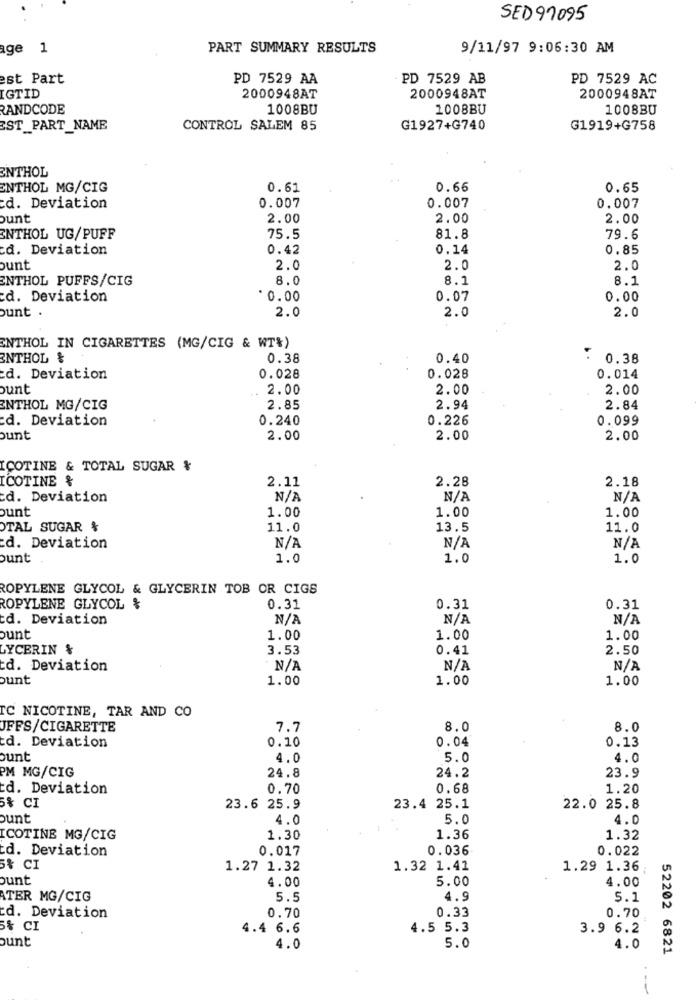
SED91095
age 1
PART SUMMARY RESULTS
9/11/97 9:06:30 AM
est Part
PD 7529 AA
PD 7529 AB
PD 7529 AC
2000948AT
IGTID
2000948AT
2000948AT
RANDCODE
1008BU
1008BU
1008BU
EST_PART_NAME
CONTROL SALEM 85
G1927+G740
G1919+G758
ENTHOL
ENTHOL MG/CIG
0.61
0.66
0.65
0.007
0.007
d. Deviation
0.007
bunt
2.00
2.00
2.00
ENTHOL UG/PUFF
75.5
81.8
79.6
d. Deviation
0.42
0.14
0.85
ount
2.0
2.0
2.0
ENTHOL PUFFS/CIG
8.0
8.1
8.1
d. Deviation
*0.00
0.07
0.00
ount .
2.0
2.0
2.0
ENTHOL IN CIGARETTES (MG/CIG & WT&)
ENTHOL &
0.38
0.40
: 0.38
d. Deviation
0.028
0.028
0.014
ount
2.00
2.00
2.00
ENTHOL MG/CIG
2.85
2.94
2.84
d. Deviation
0.240
0.226
0.099
ount
2.00
2.00
2.00
ICOTINE & TOTAL SUGAR &
ICOTINE &
2.11
2.28
2.18
d. Deviation
ount
1.00
1.00
1.00
OTAL SUGAR &
11.0
13.5
11.0
d. Deviation
ount
1.0
1.0
1.0
ROPYLENE GLYCOL & GLYCERIN TOB OR CIGS
ROPYLENE GLYCOL &
0.31
0.31
0.31
d. Deviation
ount
1.00
1.00
1.00
LYCERIN &
3.53
0.41
2.50
d. Deviation
ount
1.00
1.00
1.00
TC NICOTINE, TAR AND CO
UFFS/CIGARETTE
7.7
8.0
8.0
0.10
0.04
0.13
d. Deviation
ount
4.0
5.0
4.0
PM MG/CIG
24.8
23.9
24.2
d. Deviation
0.70
0.68
1.20
5% CI
23.6 25.9
23.4 25.1
22.0 25.8
ount
4.0
5.0
4.0
ICOTINE MG/CIG
1.30
1.36
1.32
Ed. Deviation
0.017
0.036
0.022
5% CI
1.27 1.32
1.32 1.41
1.29 1.36;
ount
4.00
5.00
4.00
ATER MG/CIG
5.5
4.9
5.1
0.33
d. Deviation
0.70
0.70
5% CI
4.4 6.6
4.5 5.3
3.9 6.2
ount
4.0
5.0
4.0
52202 6821
--